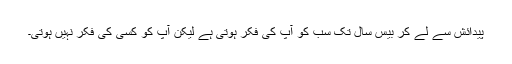
پیدائش سے لے کر بیس سال تک سب کو آپ کی فکر ہوتی ہے لیکن آپ کو کسی کی فکر نہیں ہوتی۔